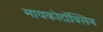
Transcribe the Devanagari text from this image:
मायकोटॉक्सिन